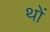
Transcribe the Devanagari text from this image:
थों